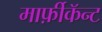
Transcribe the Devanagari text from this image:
मार्फ़ीकॅन्ट